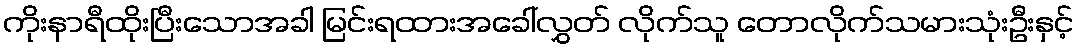
ကိုးနာရီထိုးပြီးသောအခါ မြင်းရထားအခေါ်လွှတ် လိုက်သူ တောလိုက်သမားသုံးဦးနှင့်